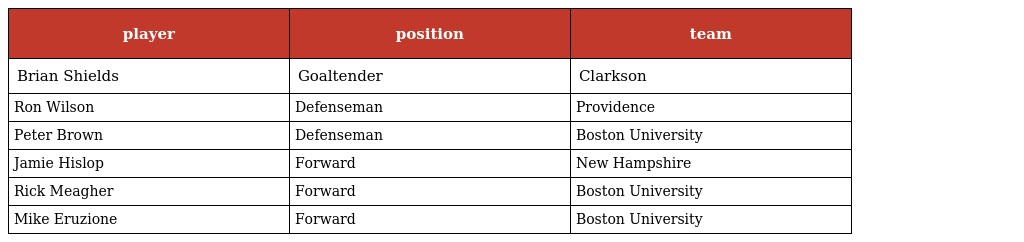
| player | position | team |
 | --- | --- | --- |
 | Brian Shields | Goaltender | Clarkson |
 | Ron Wilson | Defenseman | Providence |
 | Peter Brown | Defenseman | Boston University |
 | Jamie Hislop | Forward | New Hampshire |
 | Rick Meagher | Forward | Boston University |
 | Mike Eruzione | Forward | Boston University |